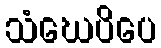
သံဃေပိပေ